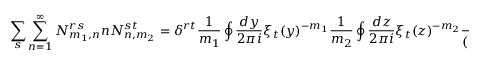
\sum _ { s } \sum _ { n = 1 } ^ { \infty } N _ { m _ { 1 } , n } ^ { r s } n N _ { n , m _ { 2 } } ^ { s t } = \delta ^ { r t } \frac { 1 } { m _ { 1 } } \oint \frac { d y } { 2 \pi i } \xi _ { t } ( y ) ^ { - m _ { 1 } } \frac { 1 } { m _ { 2 } } \oint \frac { d z } { 2 \pi i } \xi _ { t } ( z ) ^ { - m _ { 2 } } \frac { \xi _ { t } ^ { \prime } ( z ) \bar { \xi } _ { t } ^ { \prime } ( y ) } { ( 1 - \xi _ { t } ( z ) \bar { \xi } _ { t } ( y ) ) ^ { 2 } }